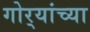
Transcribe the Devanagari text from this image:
गोर्‍यांच्या